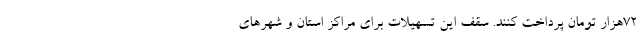
۷۲هزار تومان پرداخت کنند. سقف این تسهیلات برای مراکز استان و شهرهای